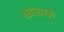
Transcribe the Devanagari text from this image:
।इसमें